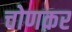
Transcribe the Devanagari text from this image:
चोणकर